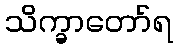
သိက္ခာတော်ရ